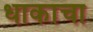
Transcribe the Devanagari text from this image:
धाकाचा